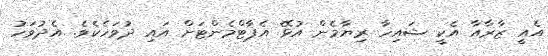
އެއީ ޒާރާއާ އެކީ ޝައިހާ ރިޔާމެން އުޅޭ އެޕާޓްމެންޓަށް އައި ދުވަހެކެވެ. އެދުވަހު